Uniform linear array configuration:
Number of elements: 8
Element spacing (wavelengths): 0.75
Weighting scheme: uniform
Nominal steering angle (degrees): -15
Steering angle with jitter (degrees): -14.327
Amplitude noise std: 0.05
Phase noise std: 0.05

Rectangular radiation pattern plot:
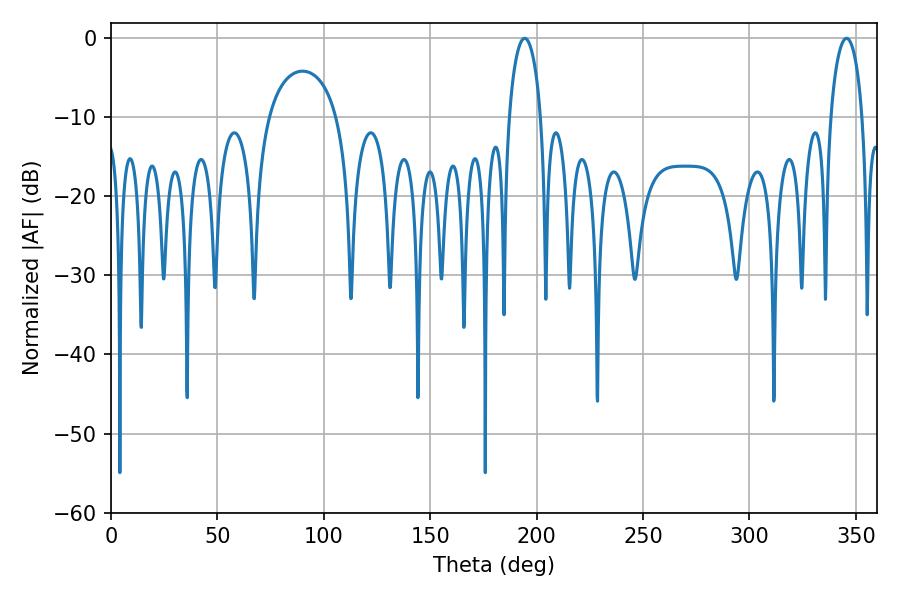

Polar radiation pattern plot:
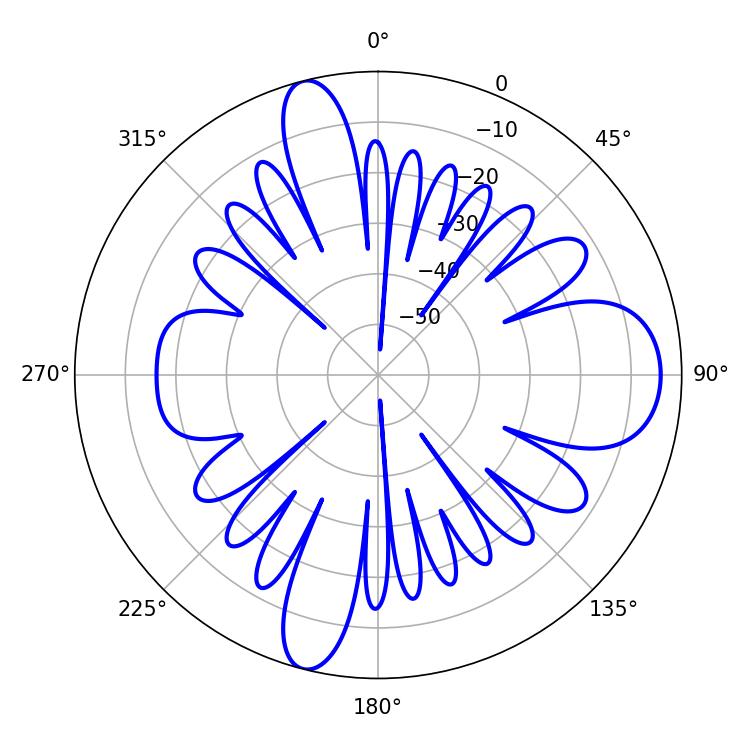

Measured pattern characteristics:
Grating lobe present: TRUE
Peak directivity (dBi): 14.088
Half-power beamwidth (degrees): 8.64
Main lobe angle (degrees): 194.4